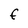
Character: F